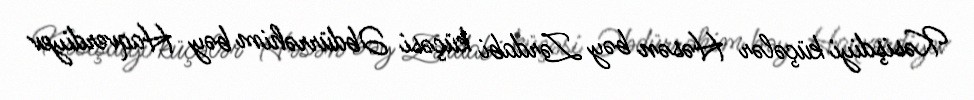
Kəsişdiyi küçələr Həsən bəy Zərdabi küçəsi Əbdürrəhim bəy Haqverdiyev